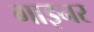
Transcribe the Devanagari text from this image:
गाइनर